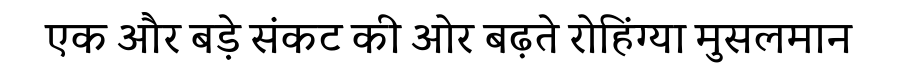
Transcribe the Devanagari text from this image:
एक और बड़े संकट की ओर बढ़ते रोहिंग्या मुसलमान